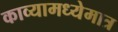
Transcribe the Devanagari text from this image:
काव्यामध्येमात्र